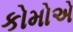
કોમોએ